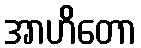
အာဟိတော